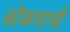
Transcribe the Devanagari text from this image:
कोंकणाची